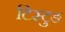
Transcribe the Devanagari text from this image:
टिस्टुङ